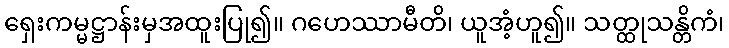
ရှေးကမ္မဋ္ဌာန်းမှအထူးပြု၍။ ဂဟေဿာမီတိ၊ ယူအံ့ဟူ၍။ သတ္ထုသန္တိကံ၊